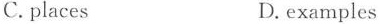
C. places D. examples